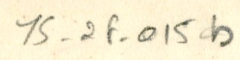
YS_2F_015b